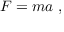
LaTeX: { \boldsymbol { F } } = m { \boldsymbol { a } } \ ,